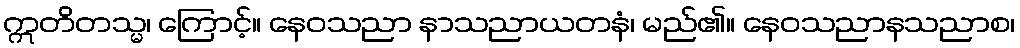
ဣတိတသ္မ၊ ကြောင့်။ နေဝသညာ နာသညာယတနံ၊ မည်၏။ နေဝသညာနသညာစ၊